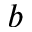
b